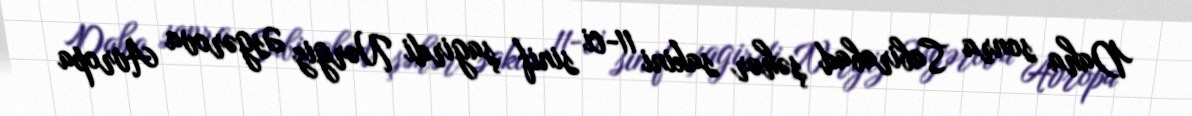
Daha sonra Sabirabad şəhər sakini 11-ci sinif şagirdi Nərgiz Əsgərova Avropa